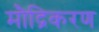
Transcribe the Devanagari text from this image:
मौद्रिकरण